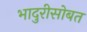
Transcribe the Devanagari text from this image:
भादुरीसोबत